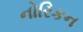
નોરિકન